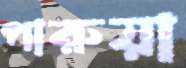
পারুয়া